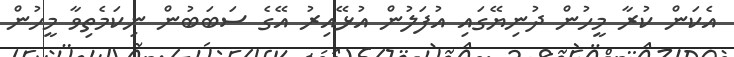
އެކަން ކުރާ މީހުން ދުނިޔޭގައި އުފަލުން އުޅޭއިރު އޭގެ ސަބަބުން ނިކަމެތިވާ މީހުން